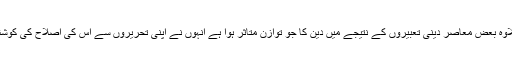
اس کے علاوہ بعض معاصر دینی تعبیروں کے نتیجے میں دین کا جو توازن متاثر ہوا ہے انہوں نے اپنی تحریروں سے اس کی اصلاح کی کوشش کی ہے۔